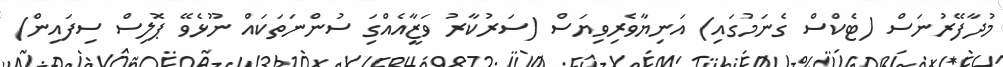
މުދާފޭރުނަސް (ޓެކްސް ގެނަމުގައި) އަނިޔާވެރިވިޔަސް (ސަރުކާރު ވަޒީާއެއްގަި ސުންނަތަކައް ނޫޅެވޭ ޕޮލިސް ސިފައިން)